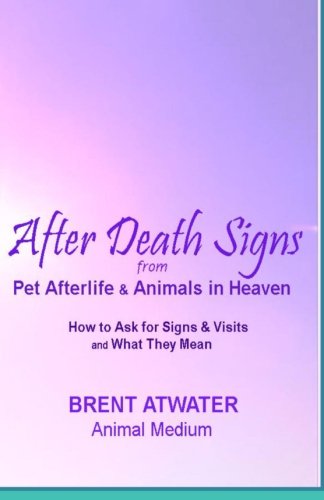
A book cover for After Death Signs from Pet Afterlife & Animals in Heaven: How to Ask for Signs & Visits and What it Means; Brent Atwater; Religion & Spirituality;